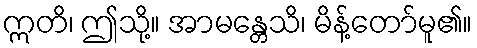
ဣတိ၊ ဤသို့။ အာမန္တေသိ၊ မိန့်တော်မူ၏။